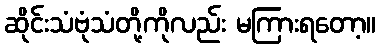
ဆိုင်းသံဗုံသံတို့ကိုလည်း မကြားရတော့။